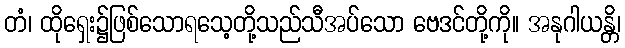
တံ၊ ထိုရှေး၌ဖြစ်သောရသေ့တို့သည်သီအပ်သော ဗေဒင်တို့ကို။ အနုဂါယန္တိ၊